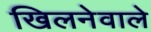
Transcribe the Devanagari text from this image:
खिलनेवाले